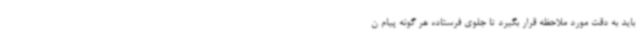
باید به دقت مورد ملاحظه قرار بگیرد تا جلوی فرستاده هر گونه پیام ن